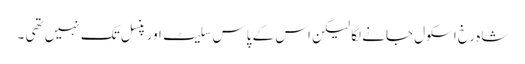
شاہ رخ اسکول جانے لگا لیکن اس کے پاس سلیٹ اور پنسل تک نہیں تھی ۔